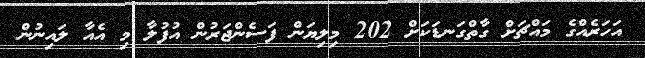
އަހަރެއްގެ މައްޗަށް ގާތްގަނޑަކަށް 202 މިލިޔަން ފަސެންޖަރުން އުފުލާ މި އެއާ ލައިނުން